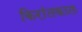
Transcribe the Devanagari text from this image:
किरांतकाल